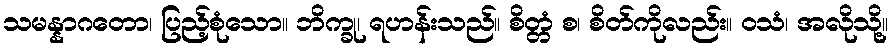
သမန္နာဂတော၊ ပြည့်စုံသော။ ဘိက္ခု၊ ရဟန်းသည်။ စိတ္တံ စ၊ စိတ်ကိုလည်း။ ဝသံ၊ အလိုသို့။